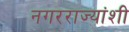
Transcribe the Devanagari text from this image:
नगरराज्यांशी